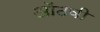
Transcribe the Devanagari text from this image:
ऑठवी